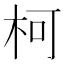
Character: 柯